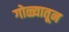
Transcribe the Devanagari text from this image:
गोळ्यातून